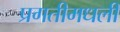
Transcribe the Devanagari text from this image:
प्रगतीमधली